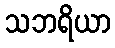
သဘရိယာ